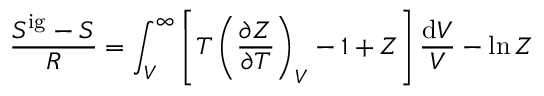
{ \frac { S ^ { \mathrm { i g } } - S } { R } } = \int _ { V } ^ { \infty } \left[ T \left( { \frac { \partial Z } { \partial T } } \right) _ { V } - 1 + Z \right] { \frac { \mathrm { d } V } { V } } - \ln Z